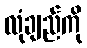
လုံချည်ကို